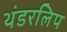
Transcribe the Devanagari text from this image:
थंडरलिप